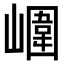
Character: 𡼱